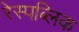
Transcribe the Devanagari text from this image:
रेस्पब्लिक